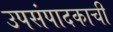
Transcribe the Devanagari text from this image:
उपसंपादकाची